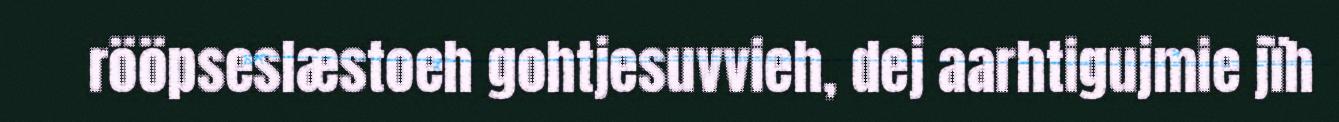
rööpseslæstoeh gohtjesuvvieh, dej aarhtigujmie jïh